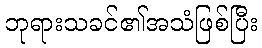
ဘုရားသခင်၏အသံဖြစ်ပြီး